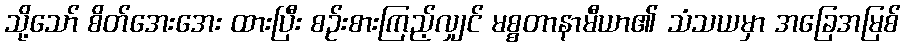
သို့သော် စိတ်အေးအေး ထားပြီး စဉ်းစားကြည့်လျှင် မစ္စတာနာမီယာ၏ သံသယမှာ အခြေအမြစ်